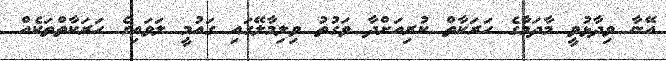
އޭނާ ވިދާޅުވީ މާދަމާގެ ހަރަކާތް ކުރިއަށްދާ ވަގުތު ވިލިމާލޭގައި ގައުމީ ލަވައިގެ ހަރަކާތްތަކެއް